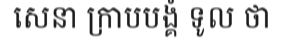
សេនា ក្រាបបង្គំ ទូល ថា